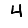
Digit: 4